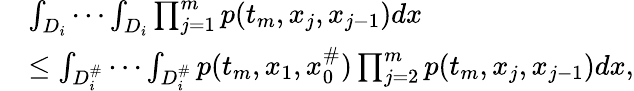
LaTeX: \begin{array}{rl}&{\int_{D_{i}}\cdots\int_{D_{i}}\prod_{j=1}^{m}p(t_{m},x_{j},x_{j-1})dx}\\ &{\le\int_{D_{i}^{\# }}\cdots\int_{D_{i}^{\# }}p(t_{m},x_{1},x_{0}^{\# })\prod_{j=2}^{m}p(t_{m},x_{j},x_{j-1})dx,}\end{array}